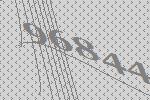
96844